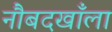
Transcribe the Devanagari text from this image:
नौबदखाँला